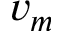
v _ { m }